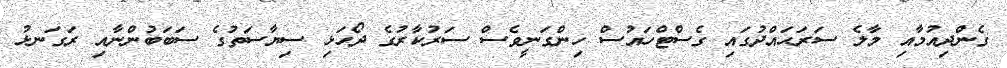
ގެންދިއުމާއި މާލެ ސަރަޙައްދުގައި ގެސްޓްހައުސް ހިންގަނީވެސް ސަރުކާރުގެ ދޯހަޅި ސިޔާސަތުގެ ސަބަބުންނާއި ރަގަނޅު